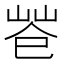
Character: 𢁃